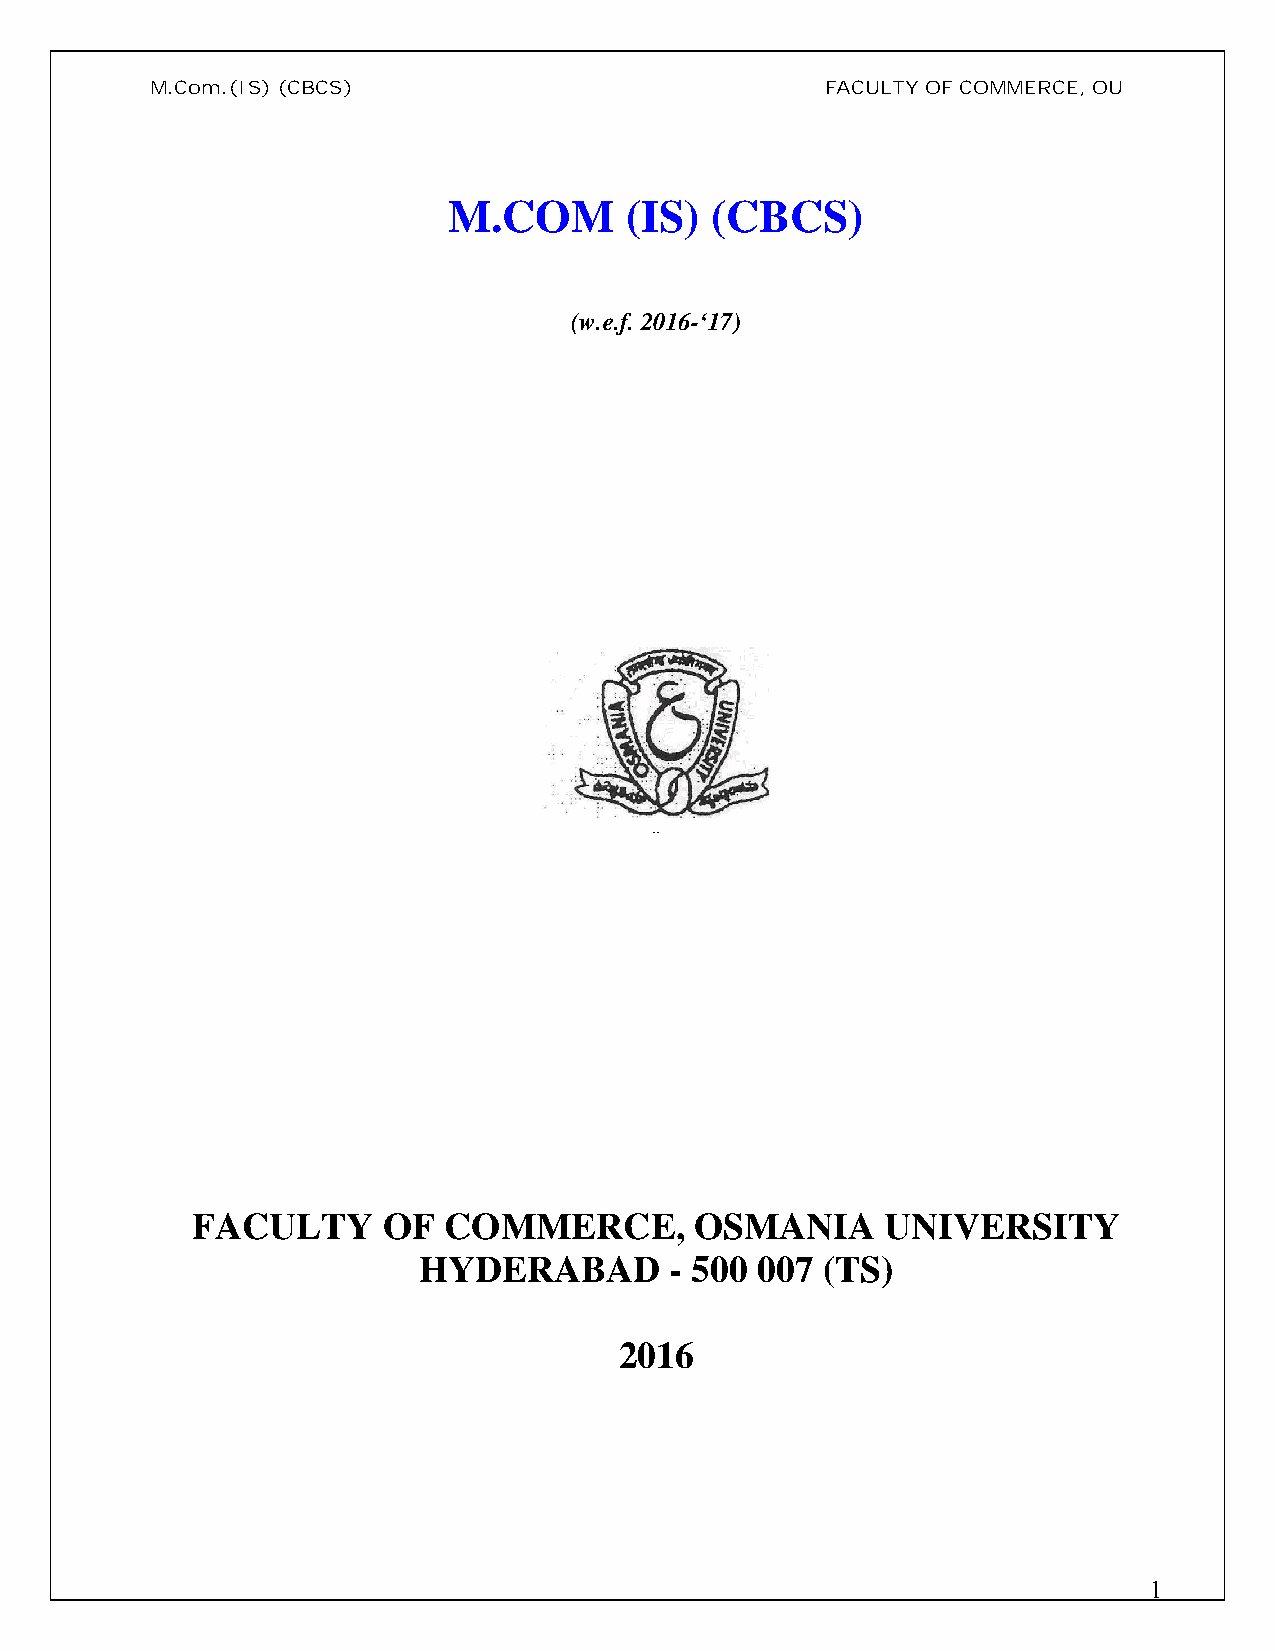
M.Com.(IS)(CBCS)                             FACULTY OF COMMERCE, OU
 M.COM      (IS)  (CBCS)
 (w.e.f. 2016-‘17)
 ..
 FACULTY     OF  COMMERCE,        OSMANIA      UNIVERSITY
 HYDERABAD       - 500 007 (TS)
 2016
 1